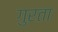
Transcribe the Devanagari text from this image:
गुरता